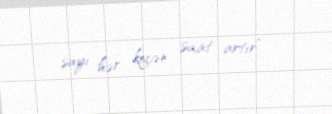
sayı hər keçən saat artır”.